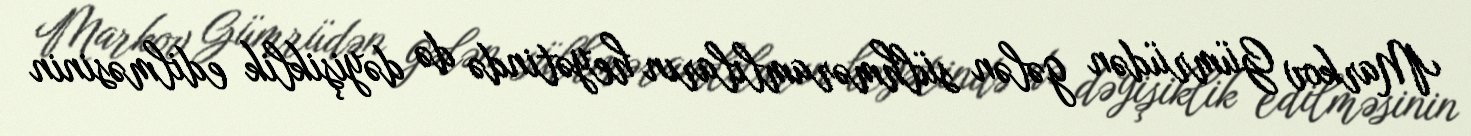
Markov Gümrüdən gələn sülhməramlıların heyətində də dəyişiklik edilməsinin